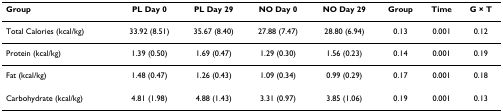
<table><thead><tr><td><b>Group</b></td><td><b>PL Day 0</b></td><td><b>PL Day 29</b></td><td><b>NO Day 0</b></td><td><b>NO Day 29</b></td><td><b>Group</b></td><td><b>Time</b></td><td><b>G × T</b></td></tr></thead><tbody><tr><td>Total Calories (kcal/kg)</td><td>33.92 (8.51)</td><td>35.67 (8.40)</td><td>27.88 (7.47)</td><td>28.80 (6.94)</td><td>0.13</td><td>0.001</td><td>0.12</td></tr><tr><td>Protein (kcal/kg)</td><td>1.39 (0.50)</td><td>1.69 (0.47)</td><td>1.29 (0.30)</td><td>1.56 (0.23)</td><td>0.14</td><td>0.001</td><td>0.19</td></tr><tr><td>Fat (kcal/kg)</td><td>1.48 (0.47)</td><td>1.26 (0.43)</td><td>1.09 (0.34)</td><td>0.99 (0.29)</td><td>0.17</td><td>0.001</td><td>0.18</td></tr><tr><td>Carbohydrate (kcal/kg)</td><td>4.81 (1.98)</td><td>4.88 (1.43)</td><td>3.31 (0.97)</td><td>3.85 (1.06)</td><td>0.19</td><td>0.001</td><td>0.13</td></tr></tbody></table>